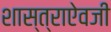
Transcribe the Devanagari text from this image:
शास्त्राऐवजी